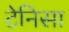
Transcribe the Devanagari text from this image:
टेनिसा